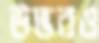
উদ্ভবও